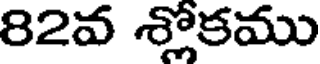
82వ శ్లోకము